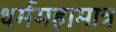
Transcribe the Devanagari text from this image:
धर्ममहामात्र